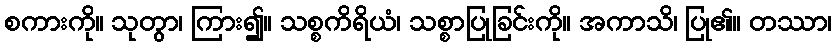
စကားကို။ သုတွာ၊ ကြား၍။ သစ္စကိရိယံ၊ သစ္စာပြုခြင်းကို။ အကာသိ၊ ပြု၏။ တဿာ၊